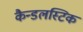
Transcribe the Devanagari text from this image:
कैन्डलस्टिक